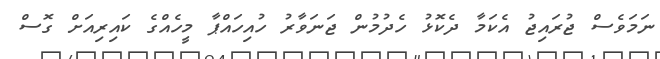
ނަމަވެސް ޖުރައިޖު އެކަމާ ދެކޮޅު ހެދުމުން ޖަނަވާރު ހުއިހައްޕާ މީހެއްގެ ކައިރިއަށް ގޮސް